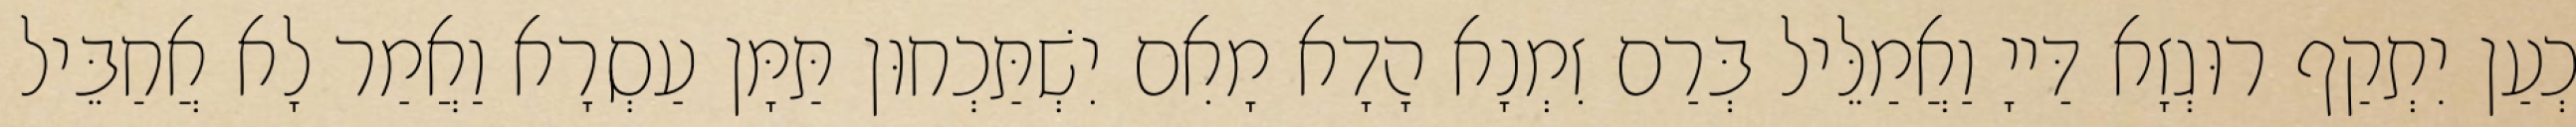
כְעַן יִתְקַף רוּגְזָא דַּייָ וַאֲמַלֵּיל בְּרַם זִמְנָא הָדָא מָאִם יִשְׁתַּכְחוּן תַּמָּן עַסְרָא וַאֲמַר לָא אֲחַבֵּיל